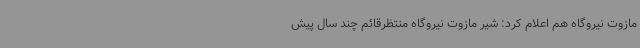
مازوت نیروگاه هم اعلام کرد: شیر مازوت نیروگاه منتظرقائم چند سال پیش